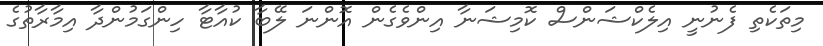
މިތަކެތި ފެނުނީ އިލެކްޝަންސް ކޮމިޝަނާ އިންވެގެން އޮންނަ ލޭބާ ކުއާޓާ ހިންގަމުންދާ އިމާރާތުގެ